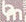
bm